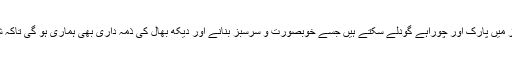
ہم مختلف صنعتی ٹاوٴنزمختلف صنعتی ٹاوٴنز میں پارک اور چوراہے گودلے سکتے ہیں جسے خوبصورت و سرسبز بنانے اور دیکھ بھال کی ذمہ داری بھی ہماری ہو گی تاکہ شہرکی خوبصورتی میں اضافہ کیاجاسکے۔